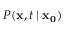
P ( \mathbf { x } , t \mid \mathbf { x _ { 0 } } )